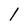
Character: 1